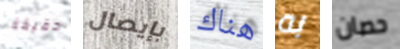
حقيقة بإيصال هناك به حصان